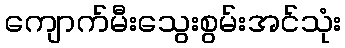
ကျောက်မီးသွေးစွမ်းအင်သုံး